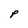
Character: P